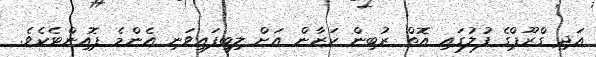
އަދި ގްރޫޕްގެ ފުލުގައި އޮތް ރުބިން ކަޒާން އަށް ލިބިފައިވަނި އެންމެ ޕޮއިންޓެކެވެ.